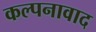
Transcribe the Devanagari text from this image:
कल्पनावाद